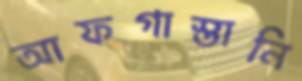
আফগাস্তানি